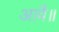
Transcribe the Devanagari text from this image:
आवै॥